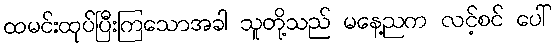
ထမင်းထုပ်ပြီးကြသောအခါ သူတို့သည် မနေ့ညက လင့်စင် ပေါ်